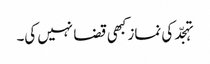
تہجّد کی نماز کبھی قضا نہیں کی۔